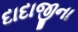
દાદાજીના